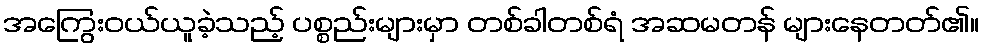
အကြွေးဝယ်ယူခဲ့သည့် ပစ္စည်းများမှာ တစ်ခါတစ်ရံ အဆမတန် များနေတတ်၏။